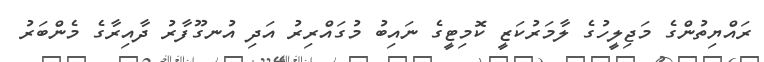
ރައްޔިތުންގެ މަޖިލީހުގެ ލާމަރުކަޒީ ކޮމިޓީގެ ނައިބު މުގައްރިރު އަދި އުނގޫފާރު ދާއިރާގެ މެންބަރު